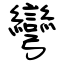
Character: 彎